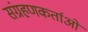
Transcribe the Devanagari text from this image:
संग्रहणकर्ताओं